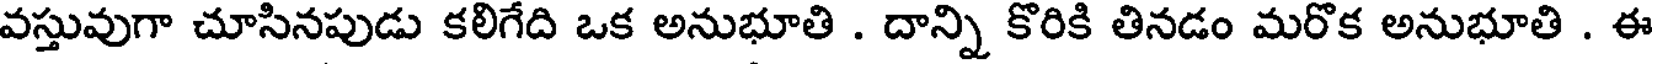
వస్తువుగా చూసినపుడు కలిగేది ఒక అనుభూతి . దాన్ని కొరికి తినడం మరొక అనుభూతి . ఈ